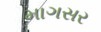
માગસર